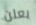
يعلن